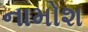
નામોશ